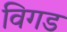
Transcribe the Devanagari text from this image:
विगड